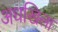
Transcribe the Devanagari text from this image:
अधखिला